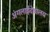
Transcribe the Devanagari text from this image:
अंगलाईदेवालय